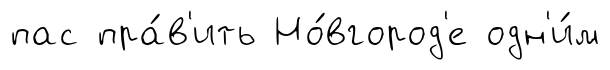
пас пра́в'ить Но́вгород'е одн'и́м